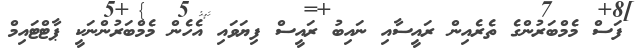
ފަސް މެމްބަރުންގެ ތެރެއިން ރައީސާއި ނައިބު ރައީސް ފިޔަވައި އެހެން މެމްބަރުންނަކީ ޕާޓްޓައިމް